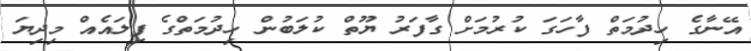
އޭނާގެ ހިދުމަތް ފާހަގަ ކުރުމަށް ގާފަރު ޔޫތް ކުލަބުން ހިދުމަތްގެ ފިލައެއް މިދިޔަ